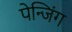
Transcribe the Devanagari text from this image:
पेन्जिंग